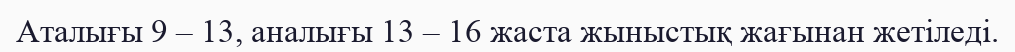
Аталығы 9 – 13, аналығы 13 – 16 жаста жыныстық жағынан жетіледі.